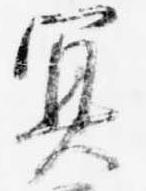
冥